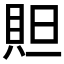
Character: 𮙻